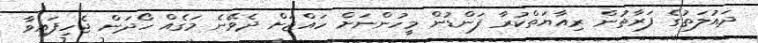
ދައުލަތުގެ ފަރާތުން ރިއާޔަތްކުރާ ފަންޑުން މީހުންނަށް ހައްޖަށް ދެވޭނެ މަގެއް ހޯދަން ޖެހިފައިވާ